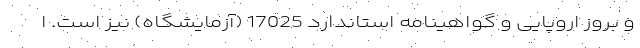
و بروز اروپایی و گواهینامه استاندارد 17025 (آزمایشگاه) نیز است. ا